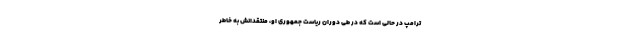
ترامپ در حالی است که در طی دوران ریاست جمهوری او، منتقدانش به خاطر